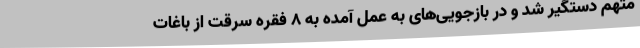
متهم دستگیر شد و در بازجویی‌های به عمل آمده به 8 فقره سرقت از باغات